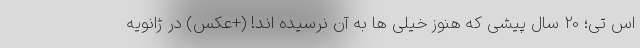
اس تی؛ 20 سال پیشی که هنوز خیلی ها به آن نرسیده اند! (+عکس) در ژانویه